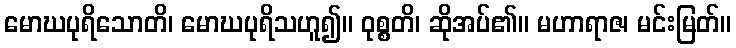
မောဃပုရိသောတိ၊ မောဃပုရိသဟူ၍။ ဝုစ္စတိ၊ ဆိုအပ်၏။ မဟာရာဇ၊ မင်းမြတ်။